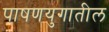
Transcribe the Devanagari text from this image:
पाषणयुगातील